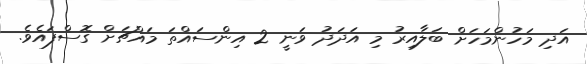
އަދި މަހުންމަހަށް ބަލާއިރު މި އަދަދު ވަނީ 2 އިންސައްތަ މައްޗަށް ގޮސްފައެވެ.